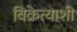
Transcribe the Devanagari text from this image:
विक्रेत्याशी